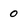
Character: 0